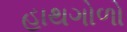
હાથગોળો